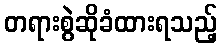
တရားစွဲဆိုခံထားရသည့်